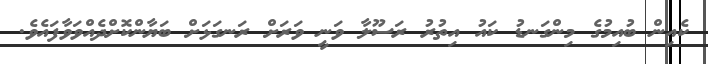
ކެއިން ބުއިމުގެ މިންގަނޑު ކައު އިތުރު ރަސޫލާ ވަނީ ވަރަށް ރަނގަޅަށް ބަޔާންކޮށްދެއްވަވާފައެވެ.